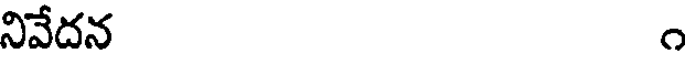
నివేదన